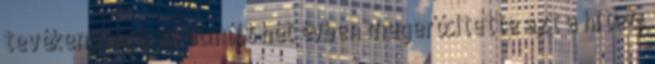
tevékenysége az elmúlt hét évben megerősítette azt a hitet,